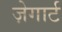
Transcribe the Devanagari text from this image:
ज़ेगार्ट